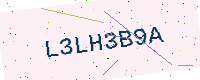
Text: L3LH3B9A